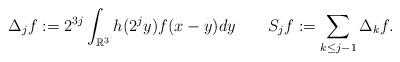
LaTeX: \begin{align*} \Delta_{j}f: =2^{3j}\int_{\mathbb{R}^{3}}h(2^{j}y)f(x-y)dy \ \ \ \ \ \ S_{j}f:=\sum_{k\leq j-1}\Delta_{k}f.\end{align*}